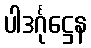
ပါဒင်္ဂုဋ္ဌေန